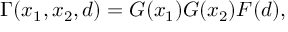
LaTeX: \Gamma ( x _ { 1 } , x _ { 2 } , d ) = G ( x _ { 1 } ) G ( x _ { 2 } ) F ( d ) ,